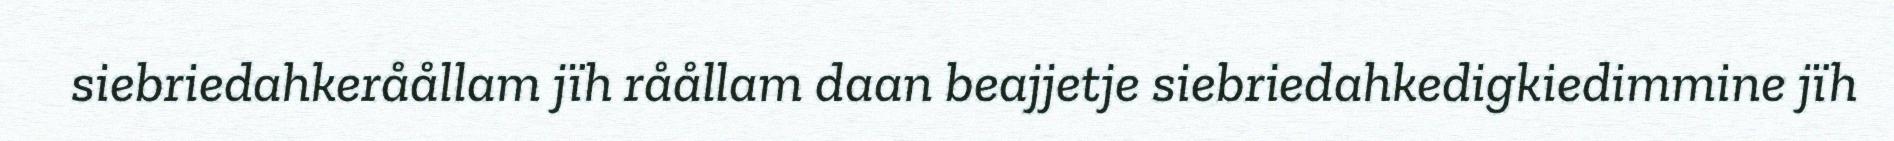
siebriedahkeråållam jïh råållam daan beajjetje siebriedahkedigkiedimmine jïh